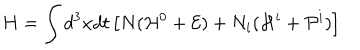
H = \int d ^ { 3 } x d t \left[ N ( { \cal H } ^ { 0 } + { \cal E } ) + N _ { i } ( { \cal H } ^ { i } + { \cal P } ^ { i } ) \right]